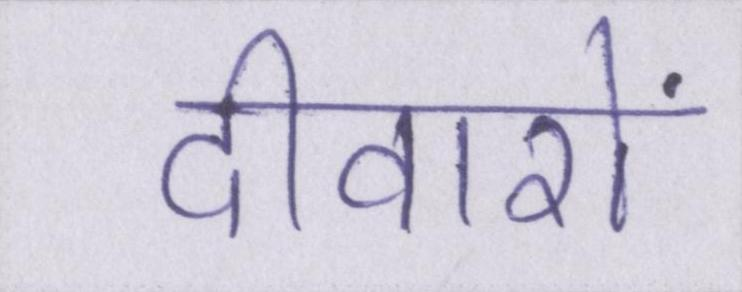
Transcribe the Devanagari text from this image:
दीवारों